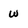
Character: w